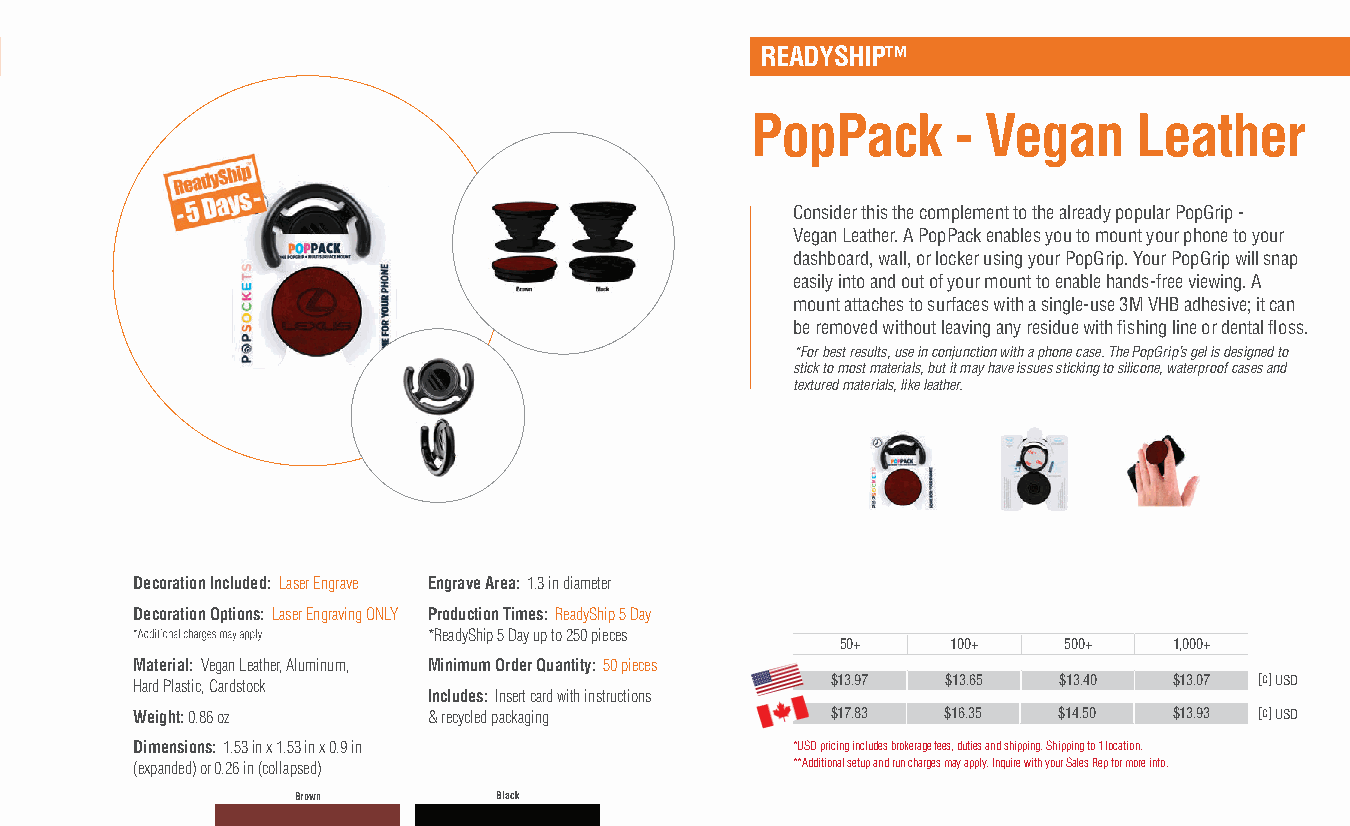
READYSHIP™
 PopPack      - Vegan     Leather
 Consider this the complement to the already popular PopGrip -
 Vegan Leather. A PopPack enables you to mount your phone to your
 dashboard, wall, or locker using your PopGrip. Your PopGrip will snap
 easily into and out of your mount to enable hands-free viewing. A
 mount attaches to surfaces with a single-use 3M VHB adhesive; it can
 be removed without leaving any residue with fi shing line or dental fl oss.
 *For best results, use in conjunction with a phone case. The PopGrip’s gel is designed to
 stick to most materials, but it may have issues sticking to silicone, waterproof cases and
 textured materials, like leather.
 Decoration Included: Laser Engrave Engrave Area: 1.3 in diameter
 Decoration Options: Laser Engraving ONLY Production Times: ReadyShip 5 Day
 *ReadyShip 5 Day up to 250 pieces
 50+    100+   500+    1,000+
 Material: Vegan Leather, Aluminum, Minimum Order Quantity: 50 pieces
 Hard Plastic, Cardstock                       $13.97  $13.65 $13.40  $13.07 [c] USD
 Includes: Insert card with instructions
 Weight: 0.86 oz    & recycled packaging       $17.83  $16.35 $14.50  $13.93 [c] USD
 Dimensions: 1.53 in x 1.53 in x 0.9 in     *USD pricing includes brokerage fees, duties and shipping. Shipping to 1 location.
 (expanded) or 0.26 in (collapsed)          **Additional setup and run charges may apply. Inquire with your Sales Rep for more info.
 Brown        Black